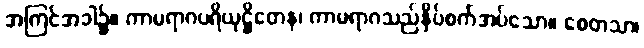
အကြင်အခါ၌။ ကာမရာဂပရိယုဋ္ဌိတေန၊ ကာမရာဂသည်နှိပ်စက်အပ်သော။ စေတသာ၊